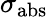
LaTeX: \sigma_{\mathrm{abs}}